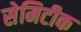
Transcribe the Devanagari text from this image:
सेमिटीक